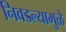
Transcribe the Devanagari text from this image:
निवडल्यामुळे